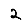
Digit: 2